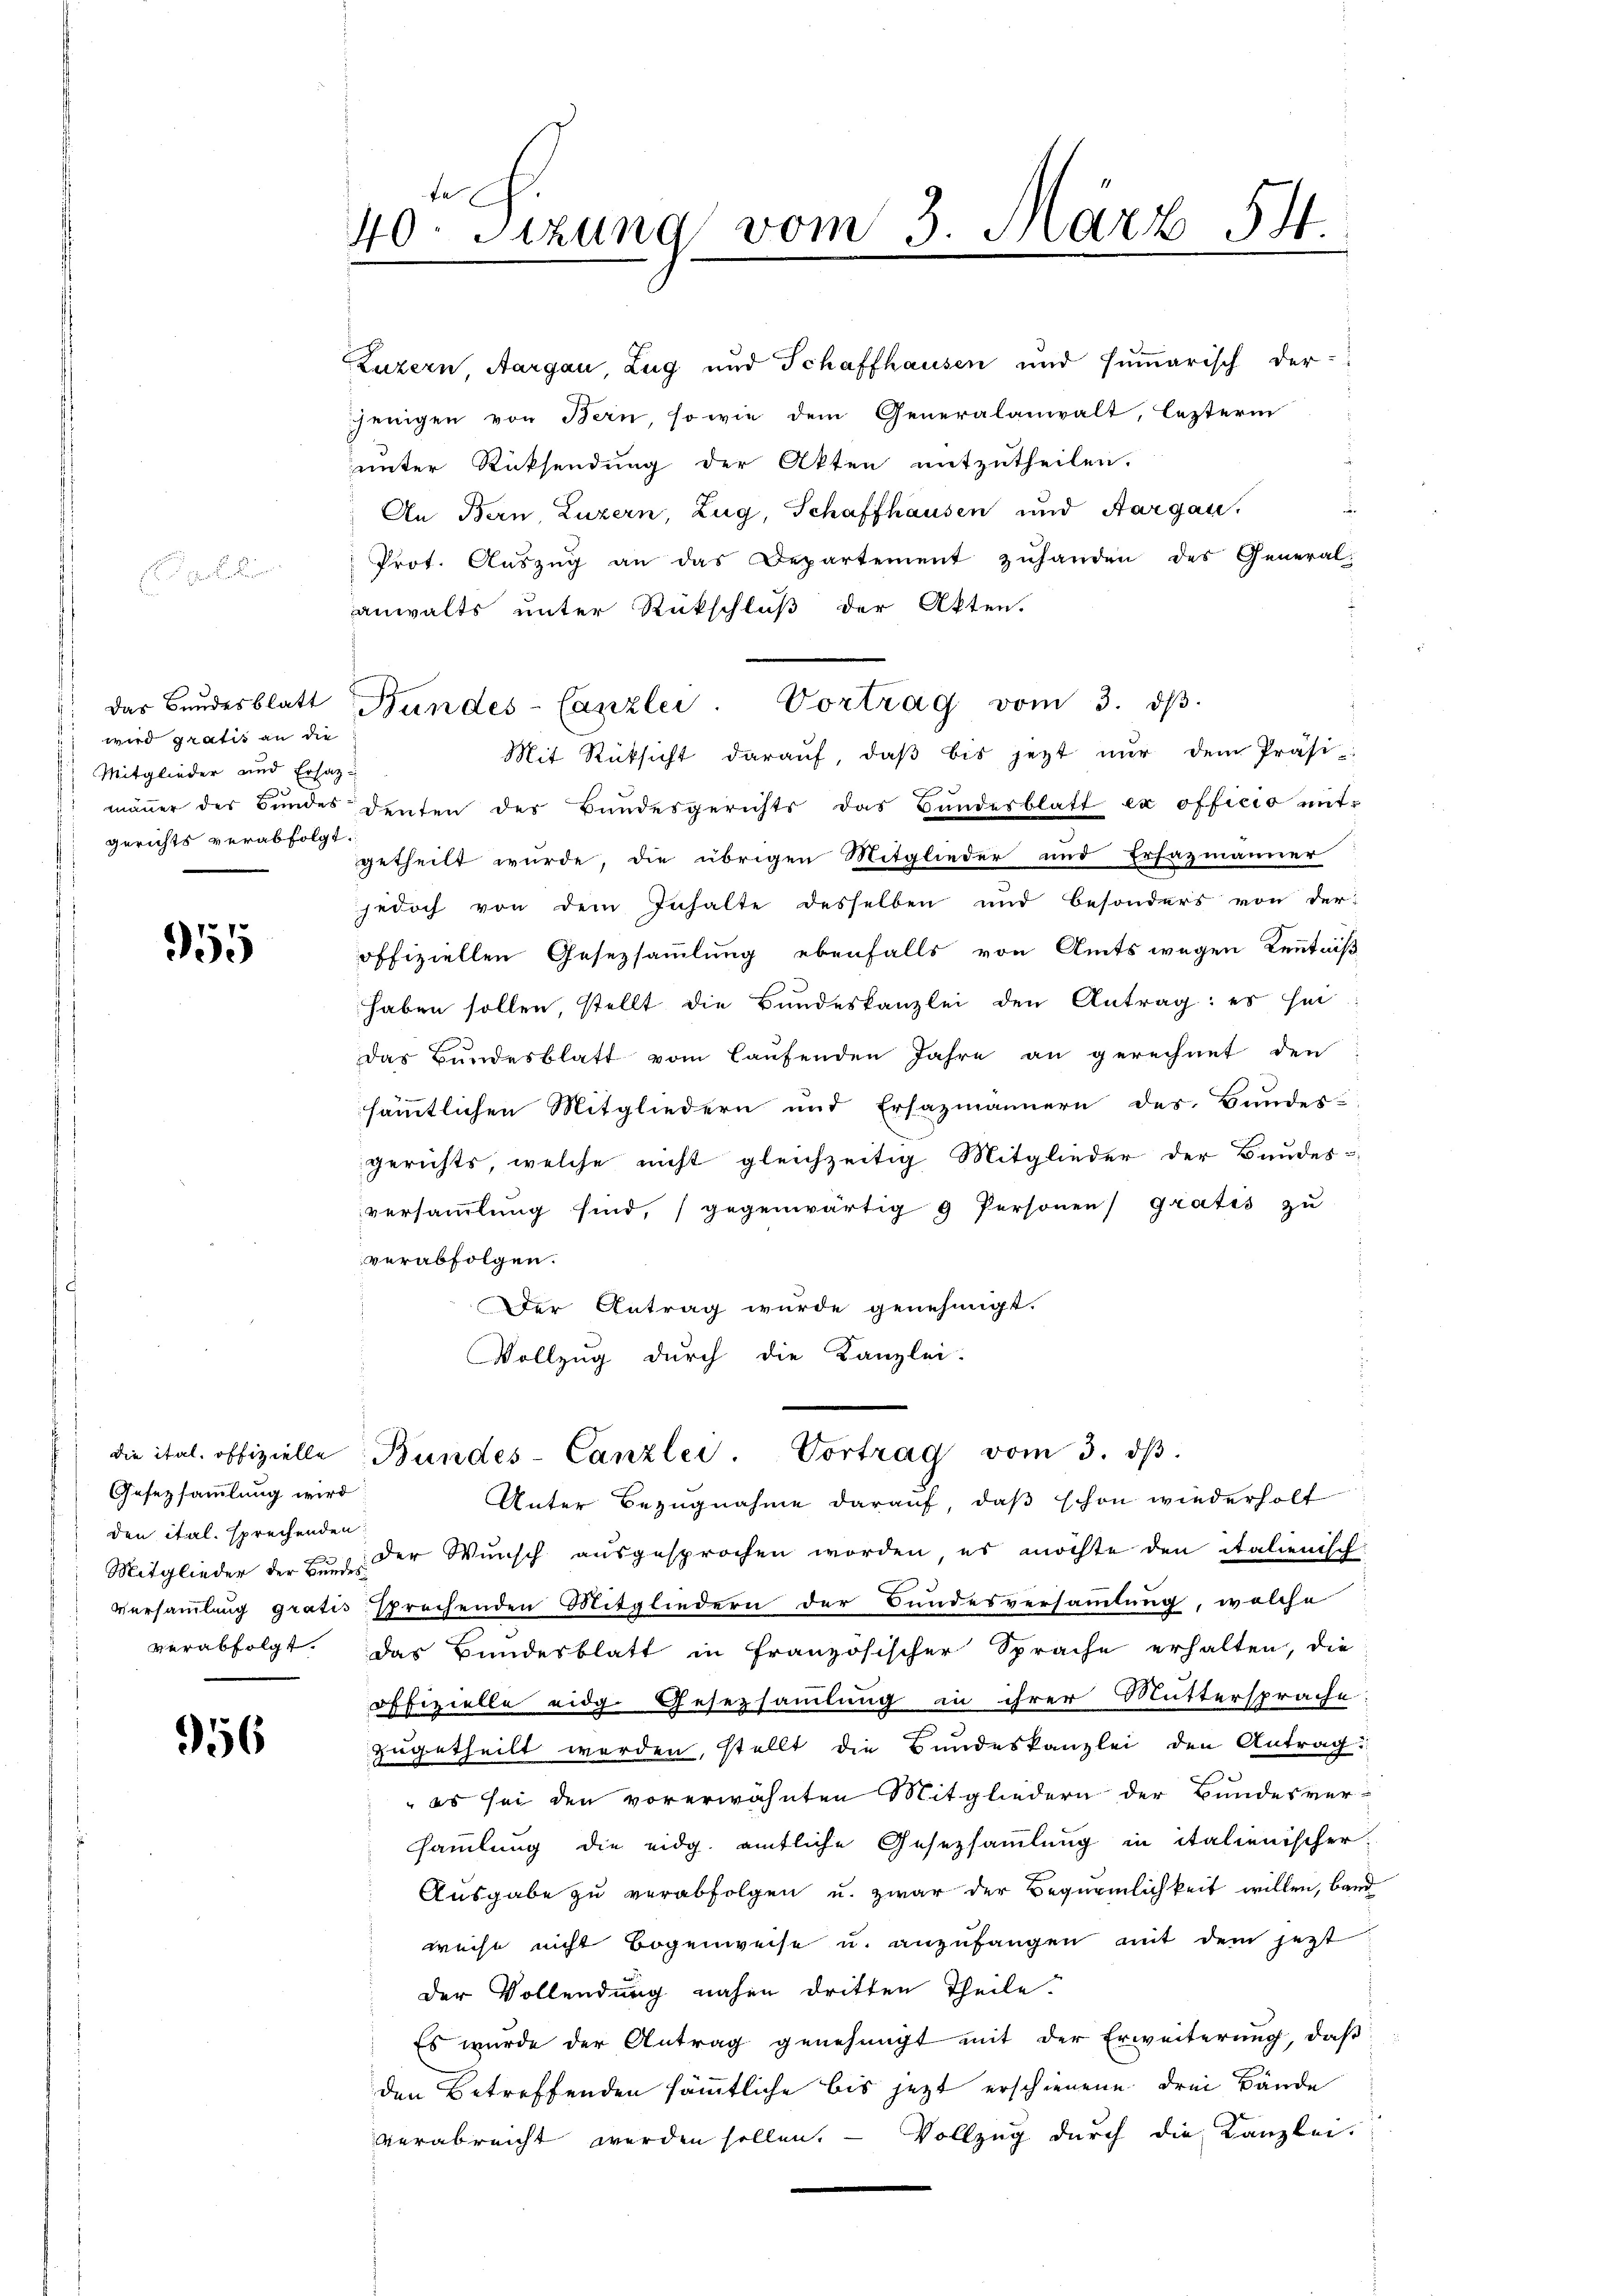
F

Das Bundesblatt
) wird gratis an die
Mitglieder und Ersatz
gerichts verabfolgt.

955

die ital. offizielle
Gesetzsammlung wird
den ital. sprechenden.

956

40. Sizung vom 3. März 54.
.

Luzern, Aargau, Zug und Schaffhausen und summarisch der
jenigen von Bern, so wie dem Generalanwalt, lezterm
unter Rücksendung der Akten mitzutheilen.
An Bern, Luzern, Zug, Schaffhausen und Aargau,
Prot. Aŭszŭg an das Departement zuhanden des Generalanwalts unter Rückschluß der Akten.
Mit Rücksicht daraŭf, daβ bis jezt nŭr dem Präsi-
mäṅer der Bŭndes deuten des Bŭndesgerichts das Handesblatt ex officio mit-
getheilt wurde, die übrigen Mitglieder und Erfazmänner
jedoch von dem Inhalte desselben und besonders von der-
offiziellen Gesetzsammlung ebenfalls von Amts wegen Kenntniß
haben sollen, stellt die Bundeskanzlei den Antrag: es sei
Das Bundesblatt vom laufenden Jahre an gerechnet den
sämmtlichen Mitgliedern und Ersazmännern des Bundes-
gerichts, welche nicht gleichzeitig Mitglieder der Bundes-
versaṁlŭng sind, gegenwärtig 9 Personen Gratis zŭ
verabfolgen.
Der Antrag wurde genehmigt.
Vollzug durch die Kanzlei-

Bundes-Canzlei. Vortrag vom 3. dβ.

Unter Bezugnahme darauf, daß schon wiederholt
Mitglieder der Bund der Wunsch ausgesprochen worden, es möchte den italienisch
Versammlung gratis sprechenden Mitgliedern der Bundesversammlung, welche
verabfolgt. Das Bundesblatt in französischer Sprache erhalten, die
offizielle eidg. Gesetzsammlung in ihrer Muttersprache
zugetheilt worden, stellt die Bundeskanzlei den Antrag:
 es sei den vorerwähnten Mitgliedern der Bundesversammlung die eidg. amtliche Gesetzsammlung in italienischer-
Ausgabe zu verabfolgen u. zwar der Begürmlichkeit willen, band
weise nicht Bogenweise u. anzufangen mit dem jetzt
der Vollendung nahen dritten Theile.
Es wurde der Antrag genehmigt mit der Erweiterung, daß
den Betreffenden sämmtliche bis jetzt erschienene drei Bände
verabreicht werden sollen. — Vollzug durch die Kanzlei.

Bundes-Canzlei. Vortrag vom 3. dβ.